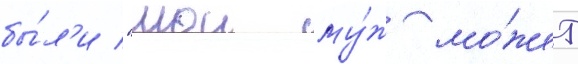
бы́л'и "мои му́ж мо́жет